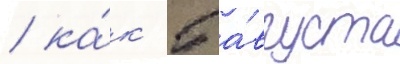
/ ка́к 5 а́вгуста